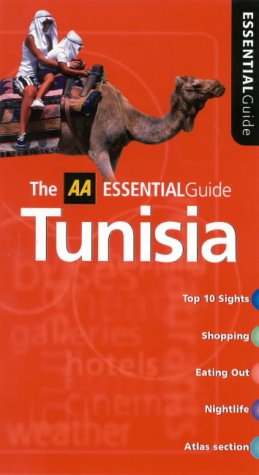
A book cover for Essential Tunisia (AA Essential); Michael Tomkinson; Travel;